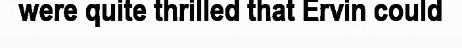
were quite thrilled that Ervin could